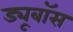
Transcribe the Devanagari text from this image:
ड्यूबॉस